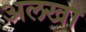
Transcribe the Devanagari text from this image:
अलखा